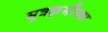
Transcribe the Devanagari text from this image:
सूत्रकृमीच्या